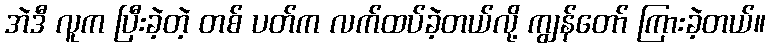
အဲဒီ လူက ပြီးခဲ့တဲ့ တစ် ပတ်က လက်ထပ်ခဲ့တယ်လို့ ကျွန်တော် ကြားခဲ့တယ်။